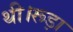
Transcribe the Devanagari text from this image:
थी।रूड़ा